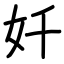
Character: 奷